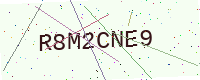
Text: R8M2CNE9